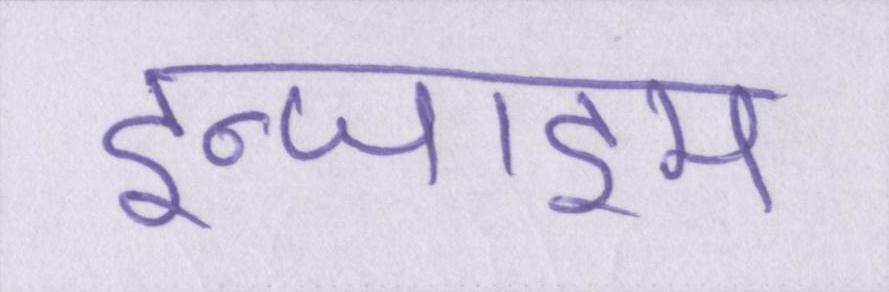
इन्जाइम